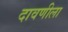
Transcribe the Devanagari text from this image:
दावणीला